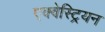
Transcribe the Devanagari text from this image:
एक्वेस्ट्रियन